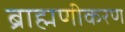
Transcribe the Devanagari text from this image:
ब्राह्मणीकरण